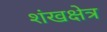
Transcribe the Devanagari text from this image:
शंखक्षेत्र